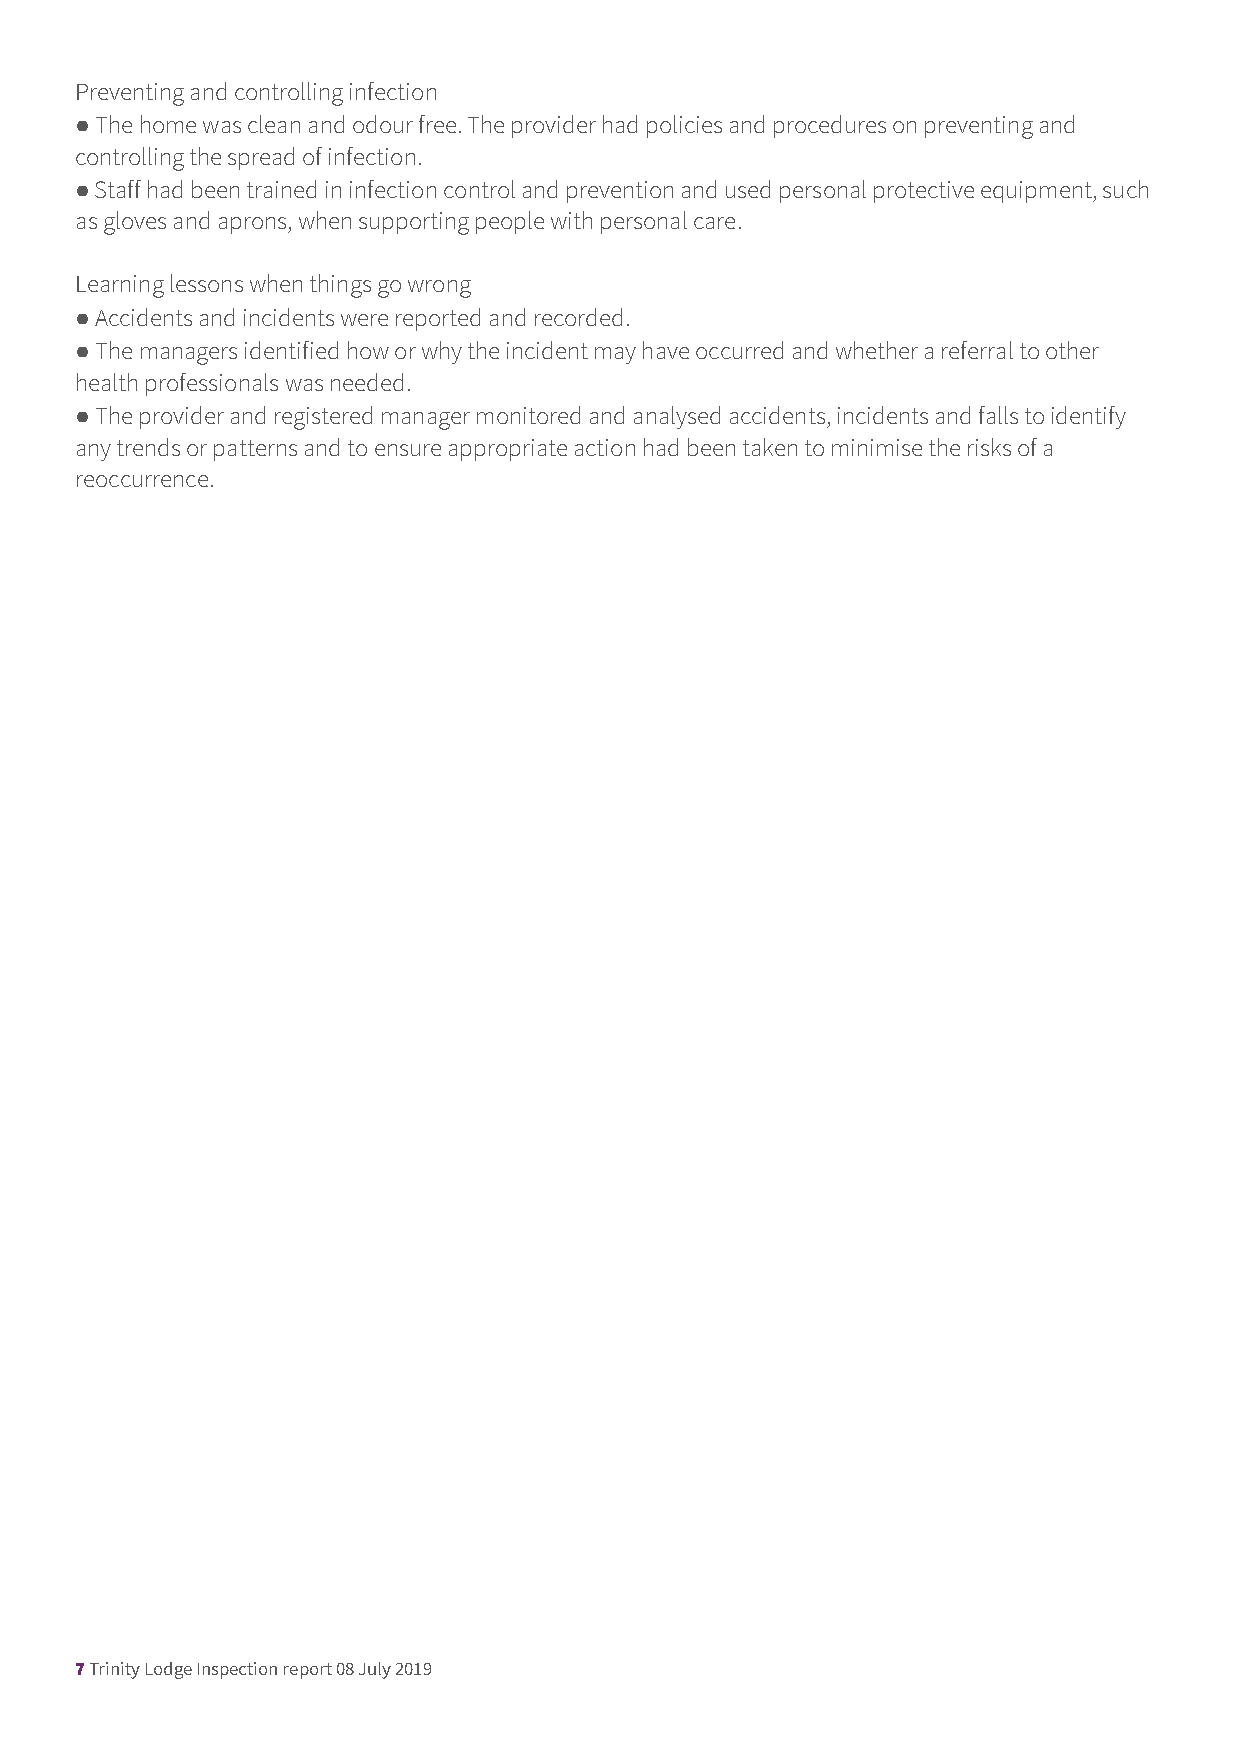
Preventing and controlling infection
 ● The home was clean and odour free. The provider had policies and procedures on preventing and
 controlling the spread of infection.
 ● Staff had been trained in infection control and prevention and used personal protective equipment, such
 as gloves and aprons, when supporting people with personal care.
 Learning lessons when things go wrong
 ● Accidents and incidents were reported and recorded.
 ● The managers identified how or why the incident may have occurred and whether a referral to other
 health professionals was needed.
 ● The provider and registered manager monitored and analysed accidents, incidents and falls to identify
 any trends or patterns and to ensure appropriate action had been taken to minimise the risks of a
 reoccurrence.
 7 Trinity Lodge Inspection report 08 July 2019